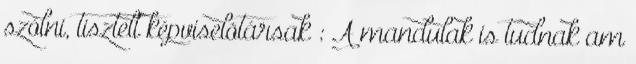
szólni, tisztelt képviselõtársak : A mandulak is tudnak am